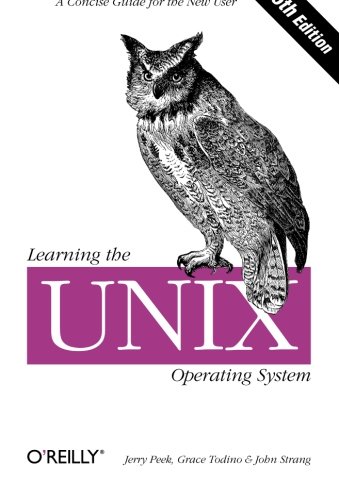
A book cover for Learning the UNIX Operating System, Fifth Edition; Jerry Peek; Computers & Technology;